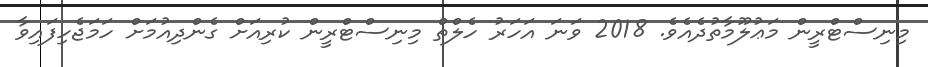
މިނިސްޓްރީން މަޢުލޫމާތުދެއެވެ. 2018 ވަނަ އަހަރު ހެލްތް މިނިސްޓްރީން ކުރިއަށް ގެންދިއުމަށް ހަމަޖެހިފައިވާ